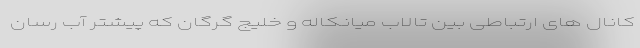
کانال های ارتباطی بین تالاب میانکاله و خلیج گرگان که پیشتر آب رسان